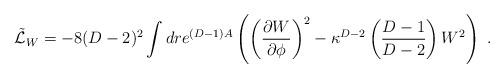
LaTeX: \begin{align*}{\tilde {\cal L}}_W= -8(D-2)^2\int dr e^{(D-1)A}\left( \left({\partial W\over \partial\phi}\right)^2-\kappa^{D-2}\left({D-1\over D-2}\right)W^2\right)\ .\end{align*}